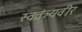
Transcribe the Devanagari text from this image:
स्वतंत्र्यवीर